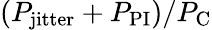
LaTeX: (P_{\mathrm{jitter}}+P_{\mathrm{PI}})/P_{\mathrm{C}}